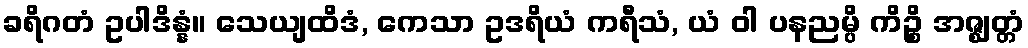
ခရိဂတံ ဥပါဒိန္နံ။ သေယျထိဒံ, ကေသာ ဥဒရိယံ ကရီသံ, ယံ ဝါ ပနညမ္ပိ ကိဉ္စိ အဇ္ဈတ္တံ